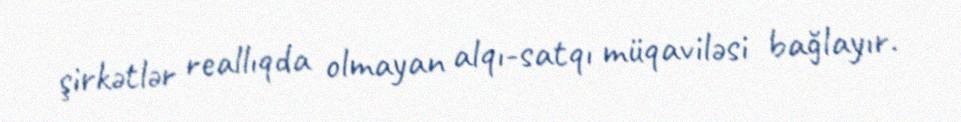
şirkətlər reallıqda olmayan alqı-satqı müqaviləsi bağlayır.